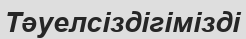
Тәуелсіздігімізді